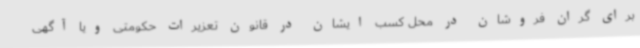
برای گران فروشان در محل کسب ایشان در قانون تعزیرات حکومتی ویا آگهی